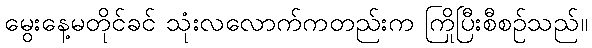
မွေးနေ့မတိုင်ခင် သုံးလလောက်ကတည်းက ကြိုပြီးစီစဉ်သည်။